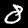
Digit: 8